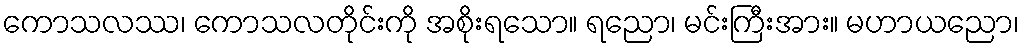
ကောသလဿ၊ ကောသလတိုင်းကို အစိုးရသော။ ရညော၊ မင်းကြီးအား။ မဟာယညော၊